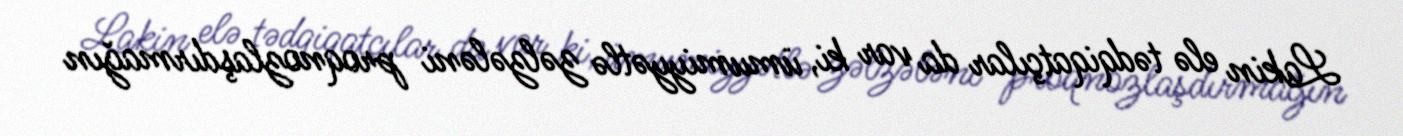
Lakin elə tədqiqatçılar da var ki, ümumiyyətlə zəlzələni proqnozlaşdırmağın